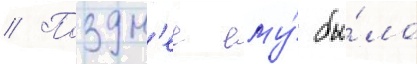
// Поздн'ее ему́ бы́ло